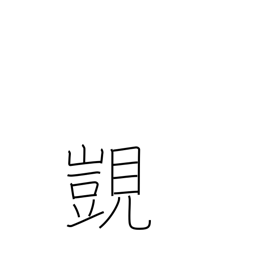
Meaning: coveting high rank